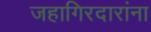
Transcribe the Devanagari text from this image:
जहागिरदारांना